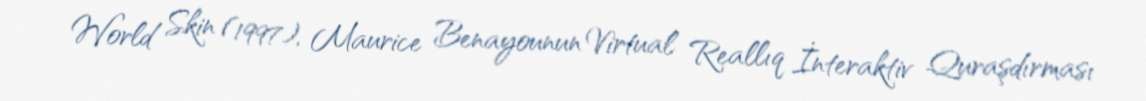
World Skin (1997), Maurice Benayounun Virtual Reallıq İnteraktiv Quraşdırması